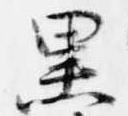
黒